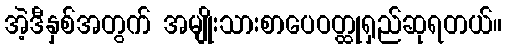
အဲ့ဒီနှစ်အတွက် အမျိုးသားစာပေဝတ္ထုရှည်ဆုရတယ်။